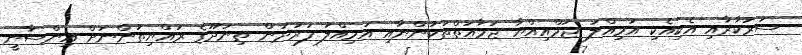
ސަރުކާރާއި އެކިއެކި އަމިއްލަ ޖަމްއިއްޔާ ޖަމާއަތްތަކުންނާއި އަމިއްލަ ފަރުދުން ތިނަދޫގެ ރައްޔިތުންނަށް އިންސާނީ